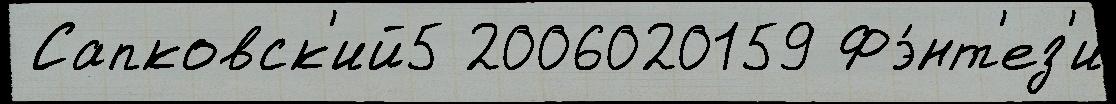
 Сапковск'ий5 2006020159 Фэ́нт'ез'и